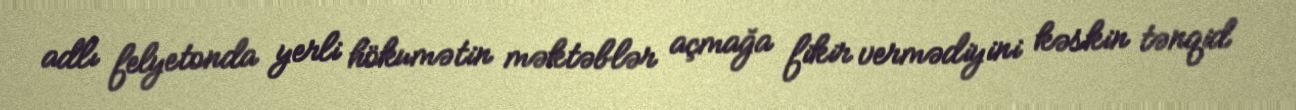
adlı felyetonda yerli hökumətin məktəblər açmağa fikir vermədiyini kəskin tənqid